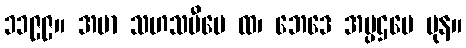
၁၁၉၉။ အမာ သဟသမီပေ ထ၊ ဘေဒေ အပ္ပဌမေ ပုန။